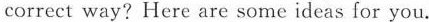
a correct way? Here are some ideas for you.